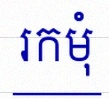
រកមុំ